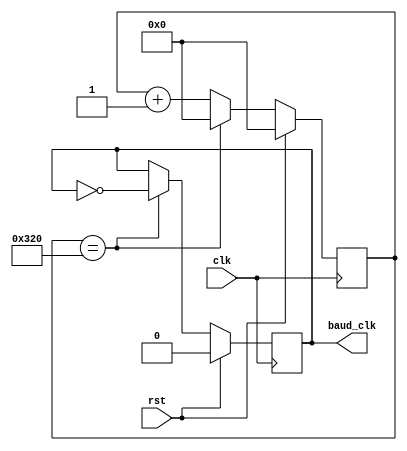
`timescale 1ns / 1ps
//////////////////////////////////////////////////////////////////////////////////
// Rose-Hulman Institute of Technology
// Tom D'Agostino
// ECE398 CAN Controller Design
// 
// Module Name:    BaudGen
// Project Name:   Serial
// Target Devices: Nexys 3 running a Xilinx Spartan6 XC6LX16-CS324
// Description: Generates the required baud rate for communication.
//////////////////////////////////////////////////////////////////////////////////
module BaudGen(clk,rst,baud_clk);
input clk,rst;
output reg baud_clk;

//EndCount is equal to clk frequency/baud frequency
// Therefore 400MHz/500kHz = 800
parameter EndCount = 10'd800;
reg[9:0] count = 0;

always@(posedge clk)begin
	if(rst == 1) begin
		count <=10'd0;
		baud_clk <= 10'd0;
	end
	else if(count == EndCount) begin
		count <= 10'd0; 
		baud_clk <= ~baud_clk;
		end
	else begin
		count <= count + 10'd1;
		baud_clk <= baud_clk;
		end
	end

endmodule